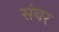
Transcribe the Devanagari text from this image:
संबर